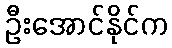
ဦးအောင်နိုင်က